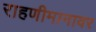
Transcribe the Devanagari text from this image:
राहणीमानावर